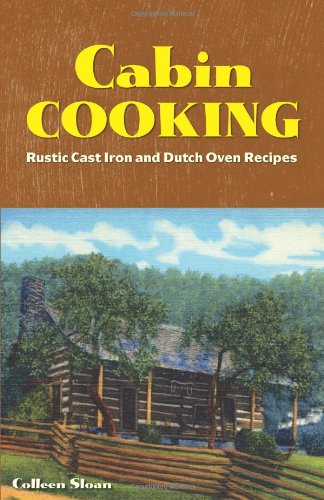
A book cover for Cabin Cooking: Rustic Cast Iron and Dutch Oven Recipes; Colleen Sloan; Cookbooks, Food & Wine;